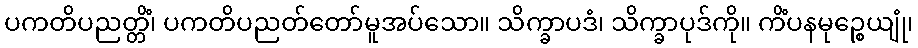
ပကတိပညတ္တိံ၊ ပကတိပညတ်တော်မူအပ်သော။ သိက္ခာပဒံ၊ သိက္ခာပုဒ်ကို။ ကိံပနမုဉ္စေယျုံ၊